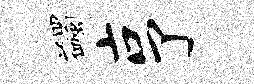
蠲亨